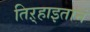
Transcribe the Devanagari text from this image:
तिऱ्हाइतानं